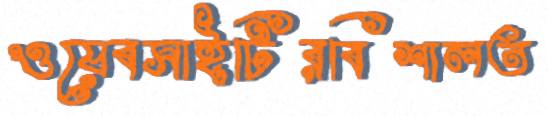
ওয়েবসাইটিরবিশালত